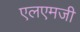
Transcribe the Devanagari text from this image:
एलएमजी